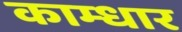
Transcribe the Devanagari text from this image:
काम्धार